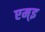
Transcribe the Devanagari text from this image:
एम्इ